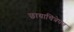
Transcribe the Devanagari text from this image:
छायाचित्रेपण